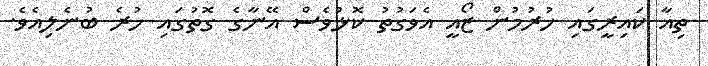
ތިއާ ކައިރީގައި ހުރުމުން ޒޯއީ އެވަގުތު ކޮޅުވެސް އޭނާގެ ގޮތުގައި ހުރެ ބުނެލިއެވެ.